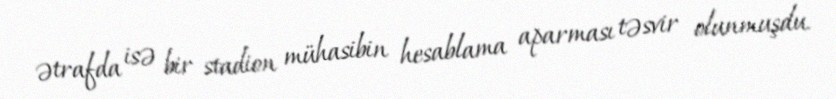
ətrafda isə bir stadion mühasibin hesablama aparması təsvir olunmuşdu.